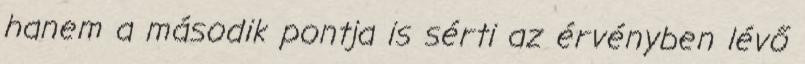
hanem a második pontja is sérti az érvényben lévő